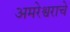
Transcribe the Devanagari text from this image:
अमरेश्वराचे